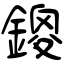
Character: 鎫